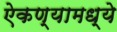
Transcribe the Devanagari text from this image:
ऐकण्यामध्ये